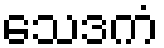
သေဒကံ